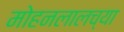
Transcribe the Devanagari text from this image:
मोहनलालच्या